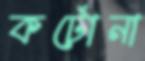
কর্টোনা